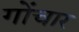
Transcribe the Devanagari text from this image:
गोंचार